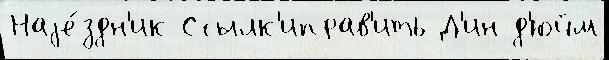
Наjе́здн'ик Ссылк'иправ'ить Д'ин д'юйм